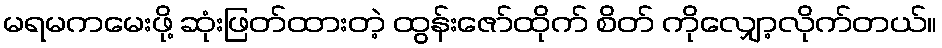
မရမကမေးဖို့ ဆုံးဖြတ်ထားတဲ့ ထွန်းဇော်ထိုက် စိတ် ကိုလျှော့လိုက်တယ်။